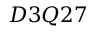
D 3 Q 2 7